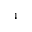
^ 4